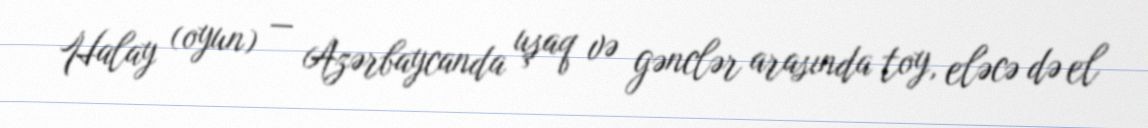
Halay (oyun) — Azərbaycanda uşaq və gənclər arasında toy, eləcə də el